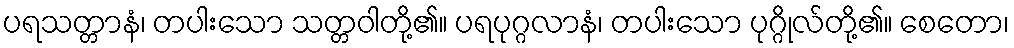
ပရသတ္တာနံ၊ တပါးသော သတ္တဝါတို့၏။ ပရပုဂ္ဂလာနံ၊ တပါးသော ပုဂ္ဂိုလ်တို့၏။ စေတော၊